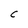
Character: C